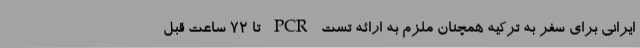
ایرانی برای سفر به ترکیه همچنان ملزم به ارائه تست PCR تا ۷۲ ساعت قبل